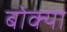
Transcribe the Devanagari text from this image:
बोक्‍या